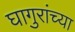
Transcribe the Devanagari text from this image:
घागुरांच्या